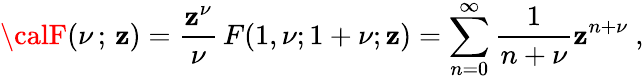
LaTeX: {\calF}(\nu\, ;\, \mathbf{z})=\frac{{\mathbf{z}^{\nu}}}{{\nu}}\, F(1,\nu;1+\nu;\mathbf{z})=\sum_{n=0}^{\infty}\frac{{1}}{{n+\nu}}\mathbf{z}^{n+\nu}~,